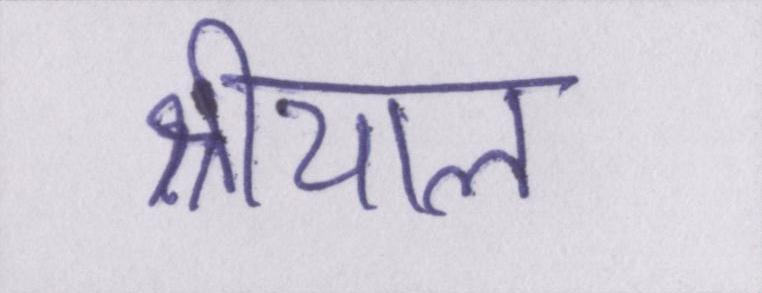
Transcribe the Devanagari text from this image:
श्रीयाल